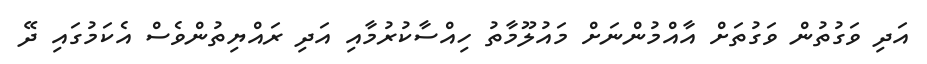
އަދި ވަގުތުން ވަގުތަށް އާއްމުންނަށް މައުލޫމާތު ހިއްސާކުރުމާއި އަދި ރައްޔިތުންވެސް އެކަމުގައި ދޭ